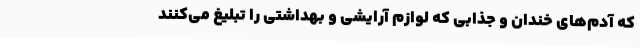
که آدم‌های خندان و جذابی که لوازم آرایشی و بهداشتی را تبلیغ می‌کنند